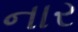
નાર